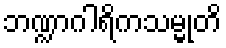
ဘဏ္ဍာဂါရိကသမ္မုတိ